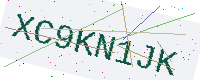
Text: XC9KN1JK